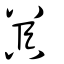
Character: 嚚